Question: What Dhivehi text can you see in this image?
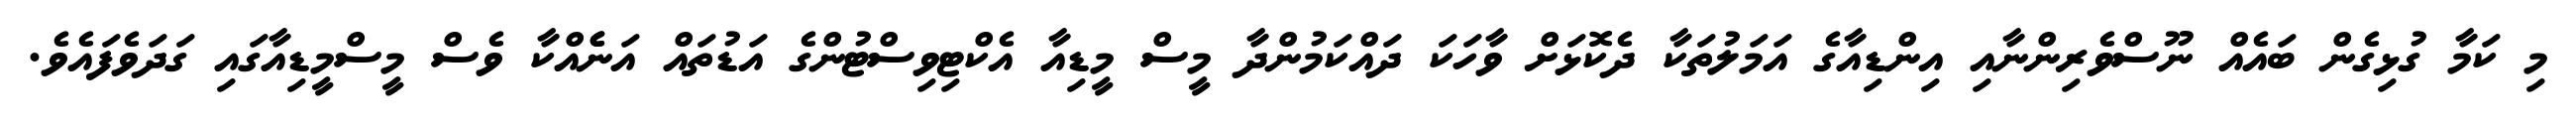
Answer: މި ކަމާ ގުޅިގެން ބައެއް ނޫސްވެރިންނާއި އިންޑިއާގެ އަމަލުތަކާ ދެކޮޅަށް ވާހަކަ ދައްކަމުންދާ މީސް މީޑިއާ އެކްޓިވިސްޓުންގެ އަޑުތައް އަނެެއްކާ ވެސް މީސްމީޑިއާގައި ގަދަވެފައެވެ.